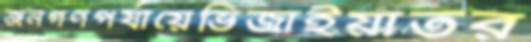
জনগণপর্যায়েভিজাইয়াতর